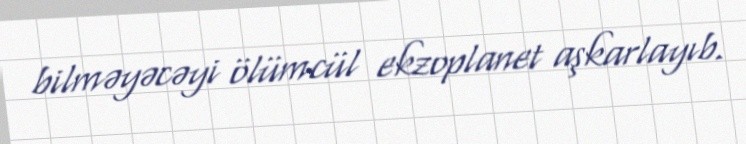
bilməyəcəyi ölümcül ekzoplanet aşkarlayıb.